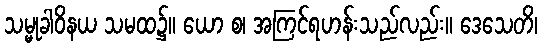
သမ္မုခါဝိနယ သမထ၌။ ယော စ၊ အကြင်ရဟန်းသည်လည်း။ ဒေသေတိ၊